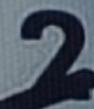
2